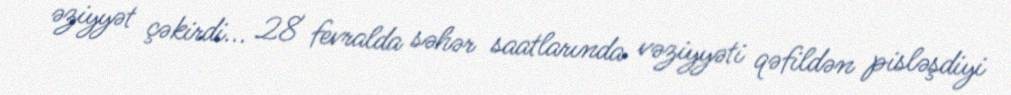
əziyyət çəkirdi... 28 fevralda səhər saatlarında vəziyyəti qəfildən pisləşdiyi